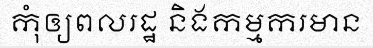
កុំឲ្យពលរដ្ឋ និងកម្មករមាន